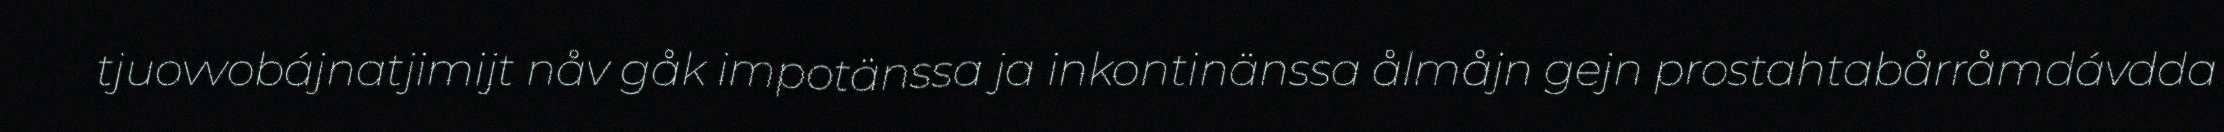
tjuovvobájnatjimijt nåv gåk impotänssa ja inkontinänssa ålmåjn gejn prostahtabårråmdávdda